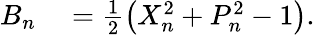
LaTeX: \begin{array}{rl}{B_{n}}&{{}=\frac{1}{2}\left(X_{n}^{2}+P_{n}^{2}-1\right).}\end{array}